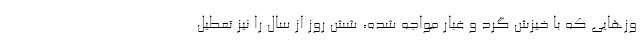
وزهایی که با خیزش گرد و غبار مواجه شده، شش روز از سال را نیز تعطیل